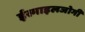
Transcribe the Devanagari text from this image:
ईस्माइलजोगी